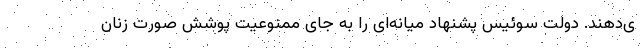
ی‌دهند. دولت سوئیس پشنهاد میانه‌ای را به جای ممنوعیت پوشش صورت زنان